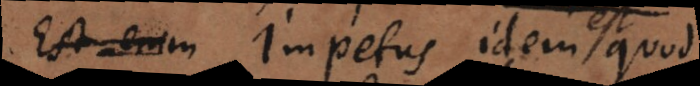
Est enim impetus idem Nam